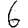
Digit: 6